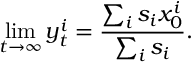
\operatorname* { l i m } _ { t \to \infty } y _ { t } ^ { i } = \frac { \sum _ { i } s _ { i } x _ { 0 } ^ { i } } { \sum _ { i } s _ { i } } .